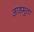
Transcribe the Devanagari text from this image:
आडमुठा